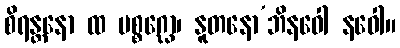
စိရန္တနော ထ ပစ္စဂ္ဃော၊ နူတနော’ဘိနဝေါ နဝေါ။